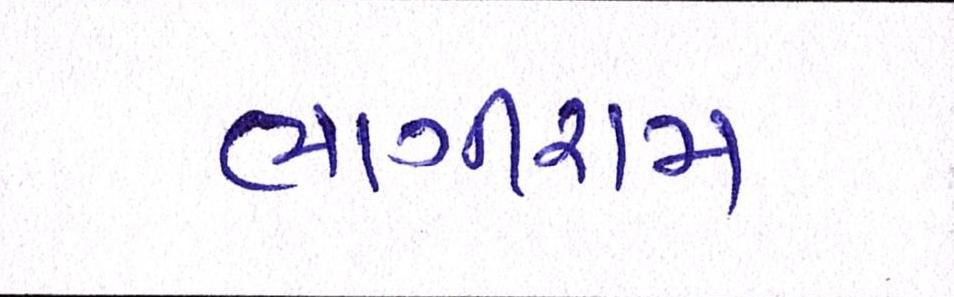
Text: ભાગીરામ